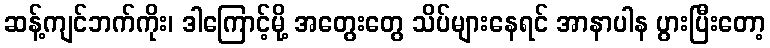
ဆန့်ကျင်ဘက်ကိုး၊ ဒါကြောင့်မို့ အတွေးတွေ သိပ်များနေရင် အာနာပါန ပွားပြီးတော့